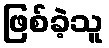
ဖြစ်ခဲ့သူ